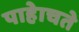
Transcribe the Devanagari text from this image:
पाहेाचते